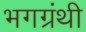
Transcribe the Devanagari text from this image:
भगग्रंथी